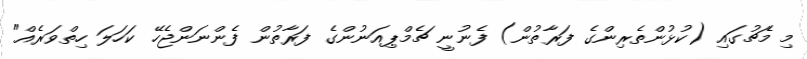
މި މެޗުގައި (ކުޅުންތެރިންގެ ފަރާތުން) ފެނުނީ ޗެމްޕިއަނުންގެ ފަރާތުން ފެންނަންޖެހޭ ކަހަލަ ހިތްވަރެއް"